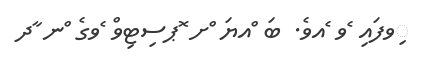
ިވފައި ެވ ެއވެ. ބަ ްއޔަ ްށ ޮޕސިޓިވް ެވގެ ްނ ާދ